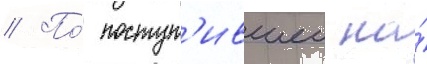
// По́ поступ'ившеи на́